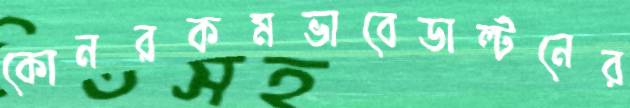
কোনরকমভাবেডাল্টনের